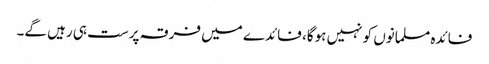
فائدہ مسلمانوں کو نہیں ہوگا، فائدے میں فرقہ پرست ہی رہیں گے۔